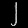
Digit: ၂